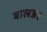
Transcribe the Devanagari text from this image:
बालडर